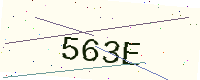
Text: 563E